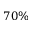
7 0 \%